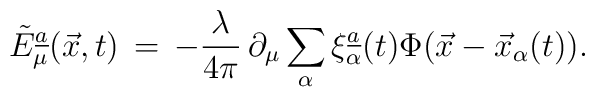
\tilde E_\mu\sp{\underline{a}}(\vec{x},t)\,=\,-{\lambda\over 4\pi}\,\partial_{\mu}\sum\limits_{\alpha} \xi^{\underline{a}}_{\alpha}(t)\Phi(\vec{x}-\vec{x}_{\alpha}(t)).